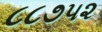
૮૮૭૫૨